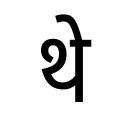
OCR:
थे